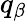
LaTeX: q_{\beta}